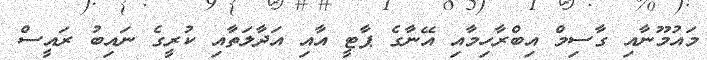
މައުމޫނާއި ގާސިމް އިބްރާހިމާއި އޭނާގެ ޕާޓީ އާއި އަދާލަތާއި ކުރީގެ ނައިބު ރައީސް